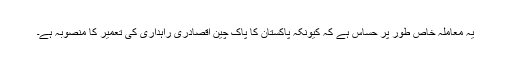
یہ معاملہ خاص طور پر حساس ہے کہ کیونکہ پاکستان کا پاک چین اقصادری راہداری کی تعمیر کا منصوبہ ہے۔